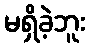
မရှိခဲ့ဘူး